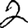
Digit: 2